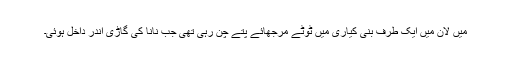
میں لان میں ایک طرف بنی کیاری میں ٹوٹے مرجھائے پتے چن رہی تھی جب نانا کی گاڑی اندر داخل ہوئی۔